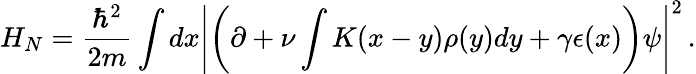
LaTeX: H_{N}=\frac{\hbar^{2}}{2m}\int dx\left\vert\left(\partial+\nu\int K(x-y)\rho(y)dy+\gamma\epsilon(x)\right)\psi\right\vert^{2}\, .